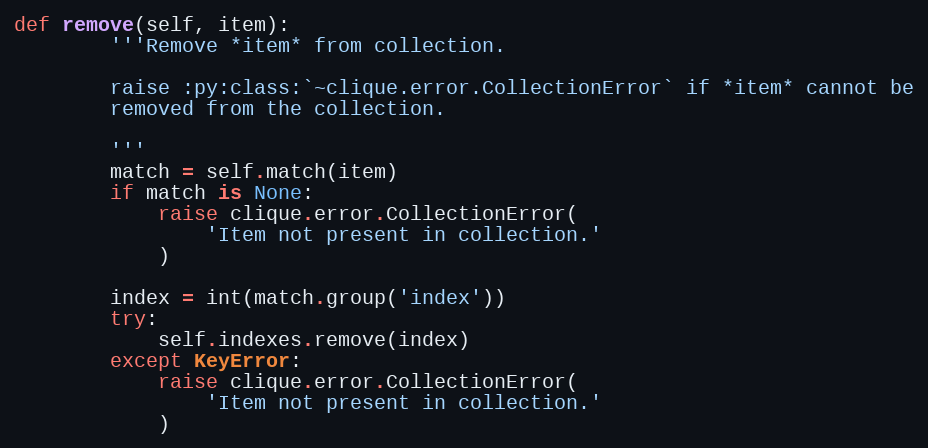
Language: Python
def remove(self, item):
        '''Remove *item* from collection.

        raise :py:class:`~clique.error.CollectionError` if *item* cannot be
        removed from the collection.

        '''
        match = self.match(item)
        if match is None:
            raise clique.error.CollectionError(
                'Item not present in collection.'
            )

        index = int(match.group('index'))
        try:
            self.indexes.remove(index)
        except KeyError:
            raise clique.error.CollectionError(
                'Item not present in collection.'
            )